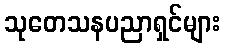
သုတေသနပညာရှင်များ